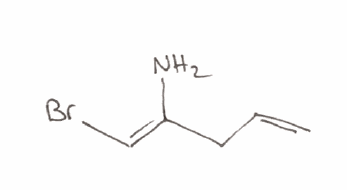
Simplified molecular-input line-entry system (SMILES) notation of the given molecule:
C=CC/C(=C/Br)/N